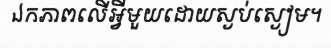
ឯកភាពលើអ្វីមួយដោយស្ងប់ស្ងៀម។